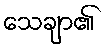
သေချာ၏